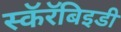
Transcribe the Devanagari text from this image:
स्कॅरॅबिइडी